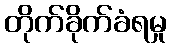
တိုက်ခိုက်ခံရမှု